Vaccination in Bombay 1869-1873 - 1869-1873
Year: 1869
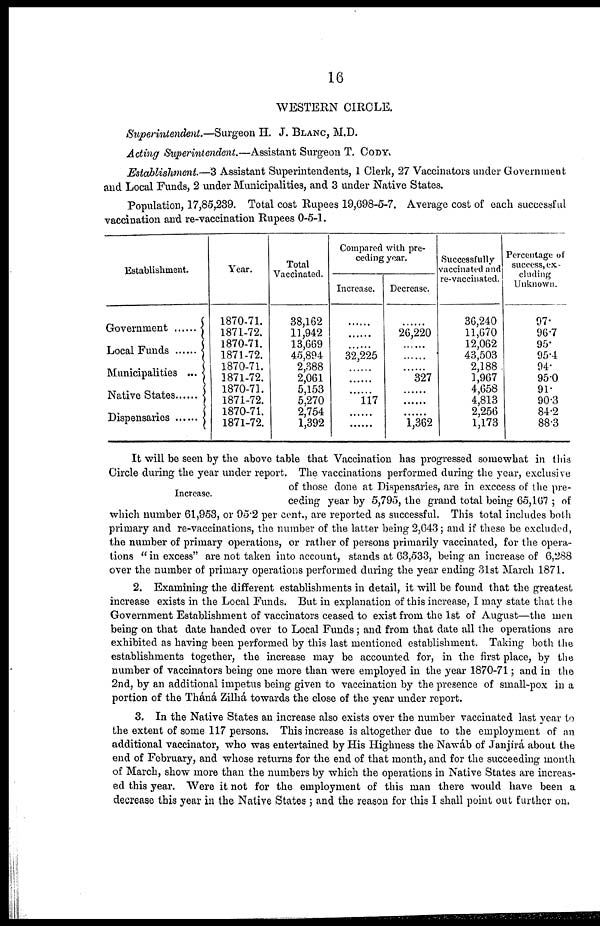
16
WESTERN CIRCLE.
Superintendent.—Surgeon H. J. BLANC, M.D.
Acting Superintendent.—Assistant Surgeon T. CODY.
Establishment.—3 Assistant Superintendents, 1 Clerk, 27 Vaccinators under Government
and Local Funds, 2 under Municipalities, and 3 under Native States.
Population, 17,85,239. Total cost Rupees 19,698-5-7. Average cost of each successful
vaccination and re-vaccination Rupees 0-5-1.
Establishment.
Government ........
Local Funds ........
Municipalities ...
Native States .......
Dispensaries ........
Year.
1870-71.
1871-72.
1870-71.
1871-72.
1870-71.
1871-72.
1870-71.
1871-72.
1870-71.
1871-72.
Total
Vaccinated.
38,162
11,942
13,669
45,894
2,388
2,061
5,153
5,270
2,754
1,392
Compared with pre-
ceding year.
Increase.
......
......
......
32,225
......
......
......
117
......
......
Decrease.
.....
26,220
......
......
......
327
......
......
......
1,362
Successfully
vaccinated and
re-vaccinated.
36,240
11,670
12,062
43,503
2,188
1,967
4,658
4,813
2,256
1,173
Percentage of
success, ex-
cluding
Unknown.
97.
96.7
95.
95.4
94.
95.0
91.
90.3
84.2
88.3
Increase.
It will be seen by the above table that Vaccination has progressed somewhat in this
Circle during the year under report. The vaccinations performed during the year, exclusive
of those done at Dispensaries, are in exccess of the pre-
ceding year by 5,795, the grand total being 65,167 ; of
which number 61,953, or 95.2 per cent., are reported as successful. This total includes both
primary and re-vaccinations, the number of the latter being 2,643; and if these be excluded,
the number of primary operations, or rather of persons primarily vaccinated, for the opera-
tions " in excess" are not taken into account, stands at 63,533, being an increase of 6,288
over the number of primary operations performed during the year ending 31st March 1871.
2. Examining the different establishments in detail, it will be found that the greatest
increase exists in the Local Funds. But in explanation of this increase, I may state that the
Government Establishment of vaccinators ceased to exist from the 1st of August—the men
being on that date handed over to Local Funds ; and from that date all the operations are
exhibited as having been performed by this last mentioned establishment. Taking both the
establishments together, the increase may be accounted for, in the first place, by the
number of vaccinators being one more than were employed in the year 1870-71; and in the
2nd, by an additional impetus being given to vaccination by the presence of small-pox in a
portion of the Tháná Zilhá towards the close of the year under report.
3. In the Native States an increase also exists over the number vaccinated last year to
the extent of some 117 persons. This increase is altogether due to the employment of an
additional vaccinator, who was entertained by His Highness the Nawáb of Janjirá about the
end of February, and whose returns for the end of that month, and for the succeeding month
of March, show more than the numbers by which the operations in Native States are increas-
ed this year. Were it not for the employment of this man there would have been a
decrease this year in the Native States; and the reason for this I shall point out further on.